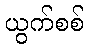
ယွက်စစ်